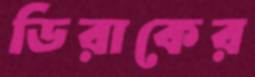
ডিরাকের